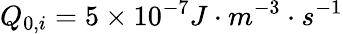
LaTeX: Q_{0,i}=5\times 10^{-7}J\cdot m^{-3}\cdot s^{-1}